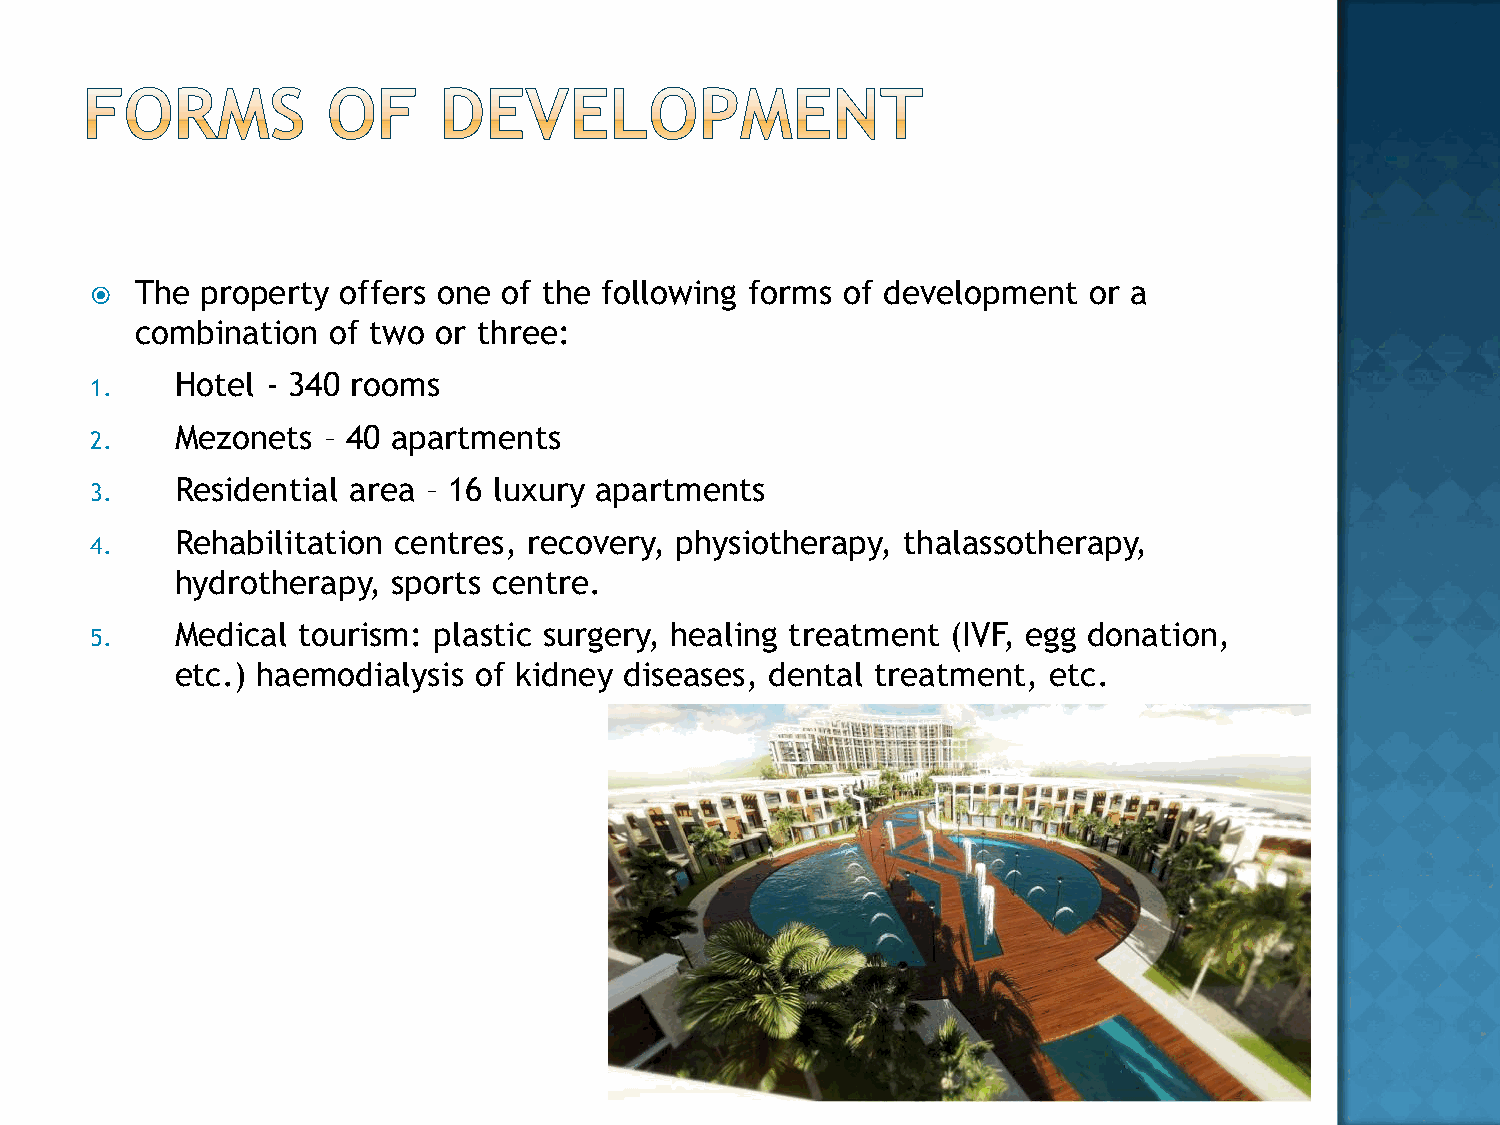
The property offers one of the following forms of development  or a
 
 combination  of two or three:
 Hotel - 340 rooms
 1.
 Mezonets – 40 apartments
 2.
 Residential area – 16 luxury apartments
 3.
 Rehabilitation centres, recovery, physiotherapy, thalassotherapy,
 4.
 hydrotherapy, sports centre.
 Medical tourism: plastic surgery, healing treatment (IVF, egg donation,
 5.
 etc.) haemodialysis of kidney diseases, dental treatment, etc.